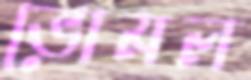
ভোমল